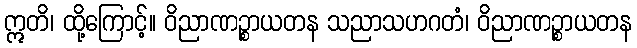
ဣတိ၊ ထို့ကြောင့်။ ဝိညာဏဉ္စာယတန သညာသဟဂတံ၊ ဝိညာဏဉ္စာယတန